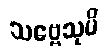
သဗ္ဗေသုပိ